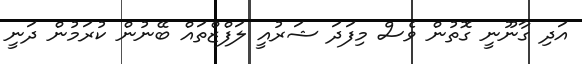
އަދި ގާނޫނީ ގޮތުން ވެސް މިފަދަ ޝަރުއީ ލަފްޒްތައް ބޭނުން ކުރަމުން ދަނީ